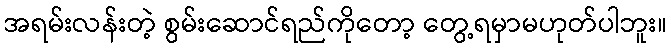
အရမ်းလန်းတဲ့ စွမ်းဆောင်ရည်ကိုတော့ တွေ့ရမှာမဟုတ်ပါဘူး။